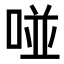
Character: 𠵔